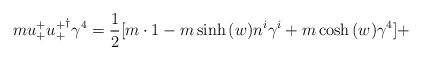
LaTeX: \begin{align*}m u_{+}^{+ } {u_{+}^{+ }}^{\dagger} \gamma^{4} = \frac{1}{2}[m \cdot 1 - m \sinh{(w)} n^{i} \gamma^{i} + m\cosh{(w)} \gamma^{4}] + \hspace{4cm}\end{align*}